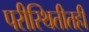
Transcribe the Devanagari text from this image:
परीस्थितीतही